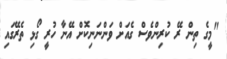
"މީގެ ތިން ރޭ ކުރިންވެސް ގެއަށް ވަންނަނިކޮށް އޭނާ ހުރީ ގޯޅި ތެރޭގައި